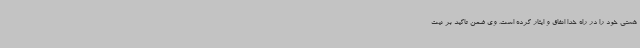
هستی خود را در راه خدا انفاق و ایثار کرده است. وی ضمن تاکید بر نیت